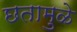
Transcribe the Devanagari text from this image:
छतामुळे